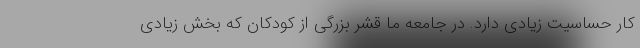
کار حساسیت زیادی دارد. در جامعه ما قشر بزرگی از کودکان که بخش زیادی